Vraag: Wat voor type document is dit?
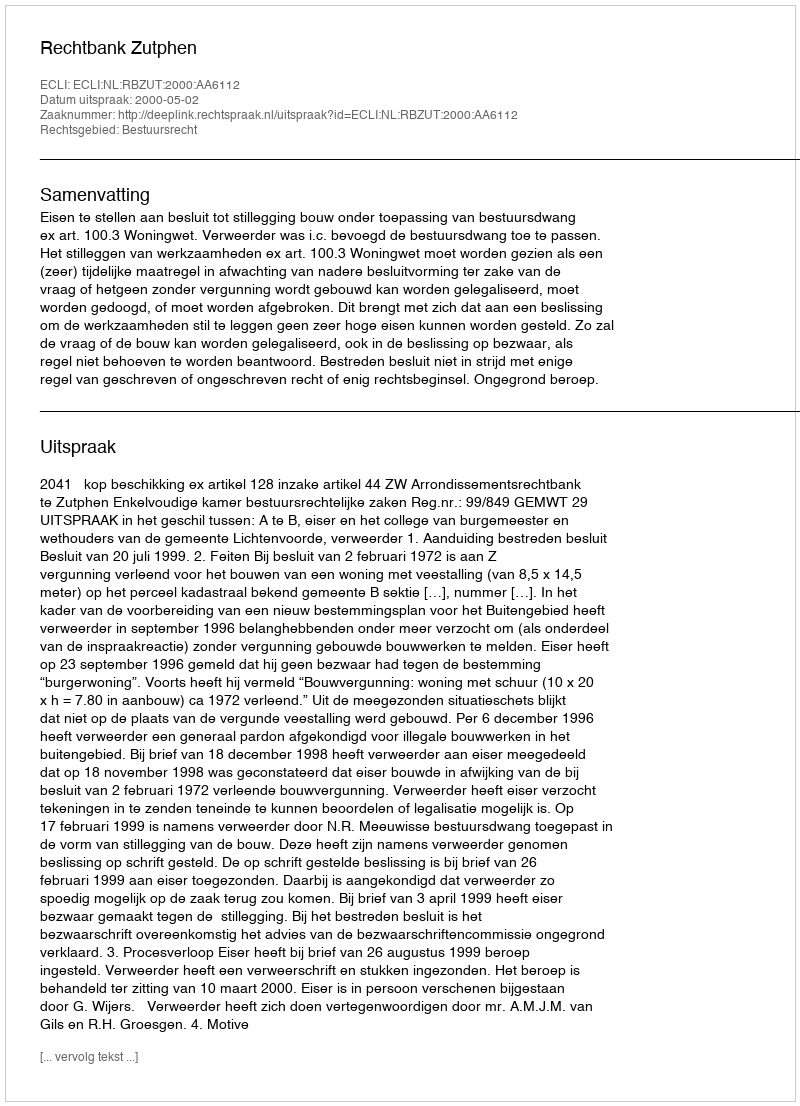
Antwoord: Uitspraak